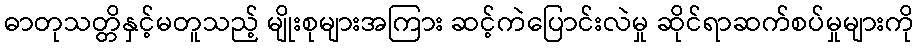
ဓာတုသတ္တိနှင့်မတူသည့် မျိုးစုများအကြား ဆင့်ကဲပြောင်းလဲမှု ဆိုင်ရာဆက်စပ်မှုများကို